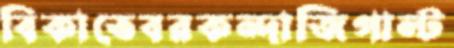
বিকাতেবরকন্দাজিপাল্ট